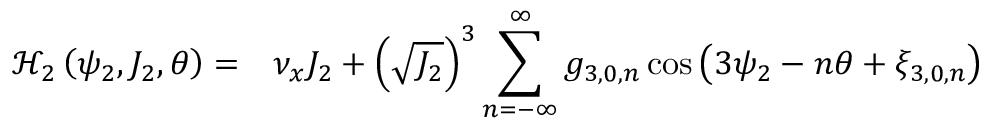
\begin{array} { c l } { \mathcal { H } _ { 2 } \left( \psi _ { 2 } , J _ { 2 } , \theta \right) = } & { \nu _ { x } J _ { 2 } + \left( \sqrt { J _ { 2 } } \right) ^ { 3 } \displaystyle \sum _ { n = - \infty } ^ { \infty } { g _ { 3 , 0 , n } \cos { \left( 3 \psi _ { 2 } - n \theta + \xi _ { 3 , 0 , n } \right) } } } \end{array}